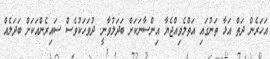
އަހަރެން ދަތް އަޅާ ތަނުގައި އަތްލެވިއްޖެޔާ އިންސާނަކަށް ބަދަލުވާނީ. ދުވަހަކުވެސް ސައިރެންއަކަށް ބަދަލެއް